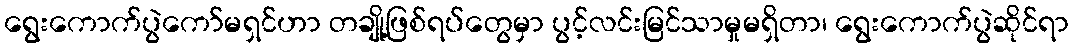
ရွေးကောက်ပွဲကော်မရှင်ဟာ တချို့ဖြစ်ရပ်တွေမှာ ပွင့်လင်းမြင်သာမှုမရှိတာ၊ ရွေးကောက်ပွဲဆိုင်ရာ